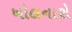
ખોલનારો